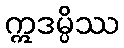
ဣဒမ္ပိဿ